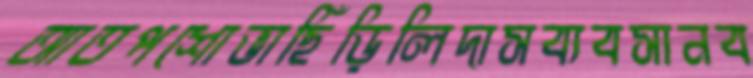
আতপশোভাছিঁড়িলিদাসব্যবসানব